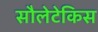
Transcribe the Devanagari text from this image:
सौलेटेकिस